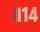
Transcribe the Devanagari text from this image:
॥१४